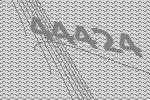
44424